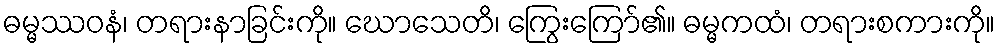
ဓမ္မဿဝနံ၊ တရားနာခြင်းကို။ ဃောသေတိ၊ ကြွေးကြော်၏။ ဓမ္မကထံ၊ တရားစကားကို။